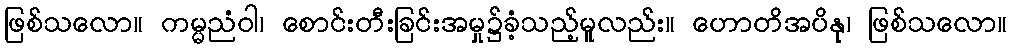
ဖြစ်သလော။ ကမ္မညံဝါ၊ စောင်းတီးခြင်းအမှု၌ခံ့သည့်မူလည်း။ ဟောတိအပိနု၊ ဖြစ်သလော။